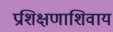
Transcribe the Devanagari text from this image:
प्रशिक्षणाशिवाय